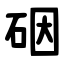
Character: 䂩